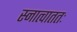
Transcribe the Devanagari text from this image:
स्नात्वाततः